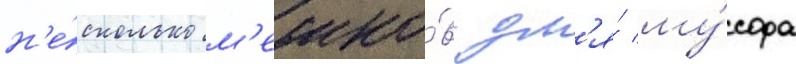
н'е́сколько м'ешко́в дл'я́ му́сора